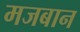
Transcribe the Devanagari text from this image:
मजबान